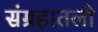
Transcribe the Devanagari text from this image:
संग्रहातली